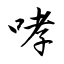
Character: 哮